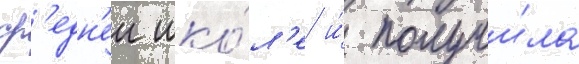
ср'едн'еи шко́л'е и́ получи́ла